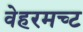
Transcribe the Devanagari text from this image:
वेहरमच्ट